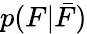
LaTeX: p(F|\bar{F})